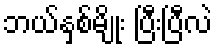
ဘယ်နှစ်မျိုး ပြီးပြီလဲ